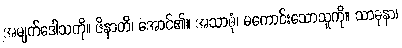
အမျက်ဒေါသကို။ ဇိနာတိ၊ အောင်၏။ အသာဓုံ၊ မကောင်းသောသူကို။ သာဓုနာ၊